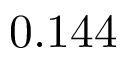
0 . 1 4 4